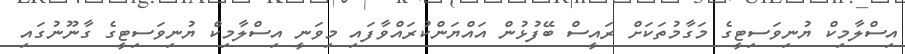
އިސްލާމިކް ޔުނިވަސިޓީގެ މަގާމުތަކަށް ރައީސް ބޭފުޅުން އައްޔަންކުރައްވާފައި މިވަނީ އިސްލާމިކް ޔުނިވަސިޓީގެ ގާނޫނުގައި